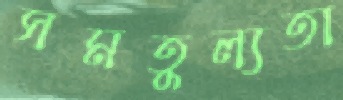
সমতুল্যতা